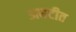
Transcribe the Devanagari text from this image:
अघटीत